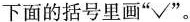
下面的括号里画”√”。